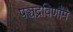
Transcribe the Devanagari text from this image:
पञ्चद्रविणौंमे